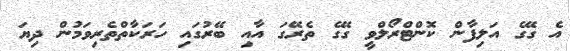
އެ ގޭގެ އަލިފާން ކޮންޓްރޯލްވީ ގޭގެ ތެރޭގަ އާއި ބޭރުގައި ހަރަކާތްތެރިވަމުން ދިޔަ